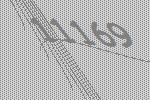
11169